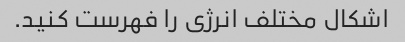
اشکال مختلف انرژی را فهرست کنید.